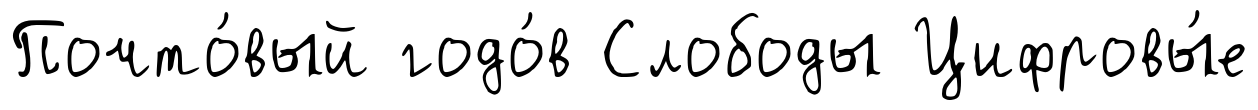
Почто́вый годо́в Слободы Цифровы́е